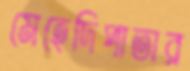
মেহেদিপাতার